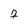
Character: 7